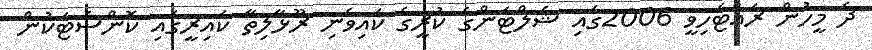
ދެ މީހުން ރައްޓެހިވީ 2006ގައި ޝެލްޓަންގެ ކުރީގެ ކައިވެނި ރޫޅާލިތާ ކައިރީގައި ކޮންސެޓަކުން